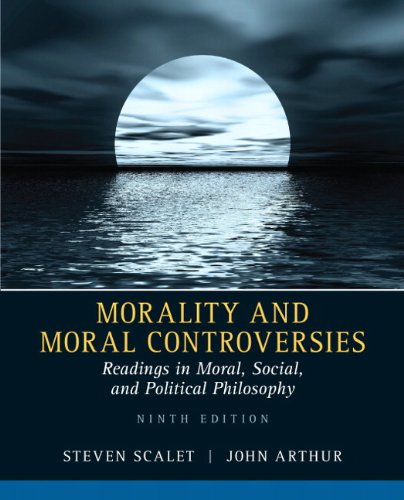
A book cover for Morality and Moral Controversies: Readings in Moral, Social and Political Philosophy (9th Edition); Steven Scalet; Politics & Social Sciences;